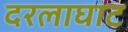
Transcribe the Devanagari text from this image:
दरलाघाट